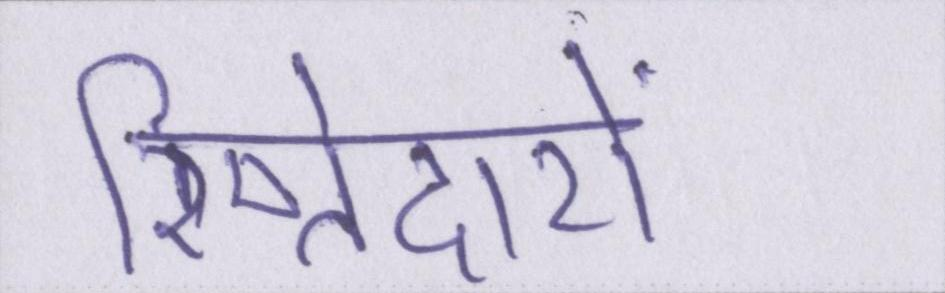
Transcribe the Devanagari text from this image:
रिष्तेदारों